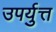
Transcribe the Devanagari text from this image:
उपर्युत्त